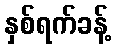
နှစ်ရက်ခန့်